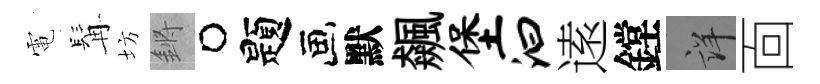
電髯坊鏘题默飆堡汩逺鏜詳靣